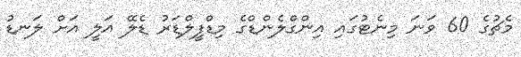
މެޗުގެ 60 ވަނަ މިނެޓުގައި އިންގްލެންޑްގެ މިޑްފީލްޑަރު ޑެލޭ އަލީ އަށް ލަނޑު